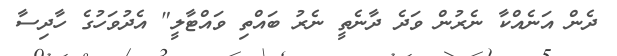
ދެން އަނެއްކާ ނެރުން ވަދެ ދާނެތީ ނެރު ބައްތި ވައްޓާލީ" އެދުވަހުގެ ހާދިސާ